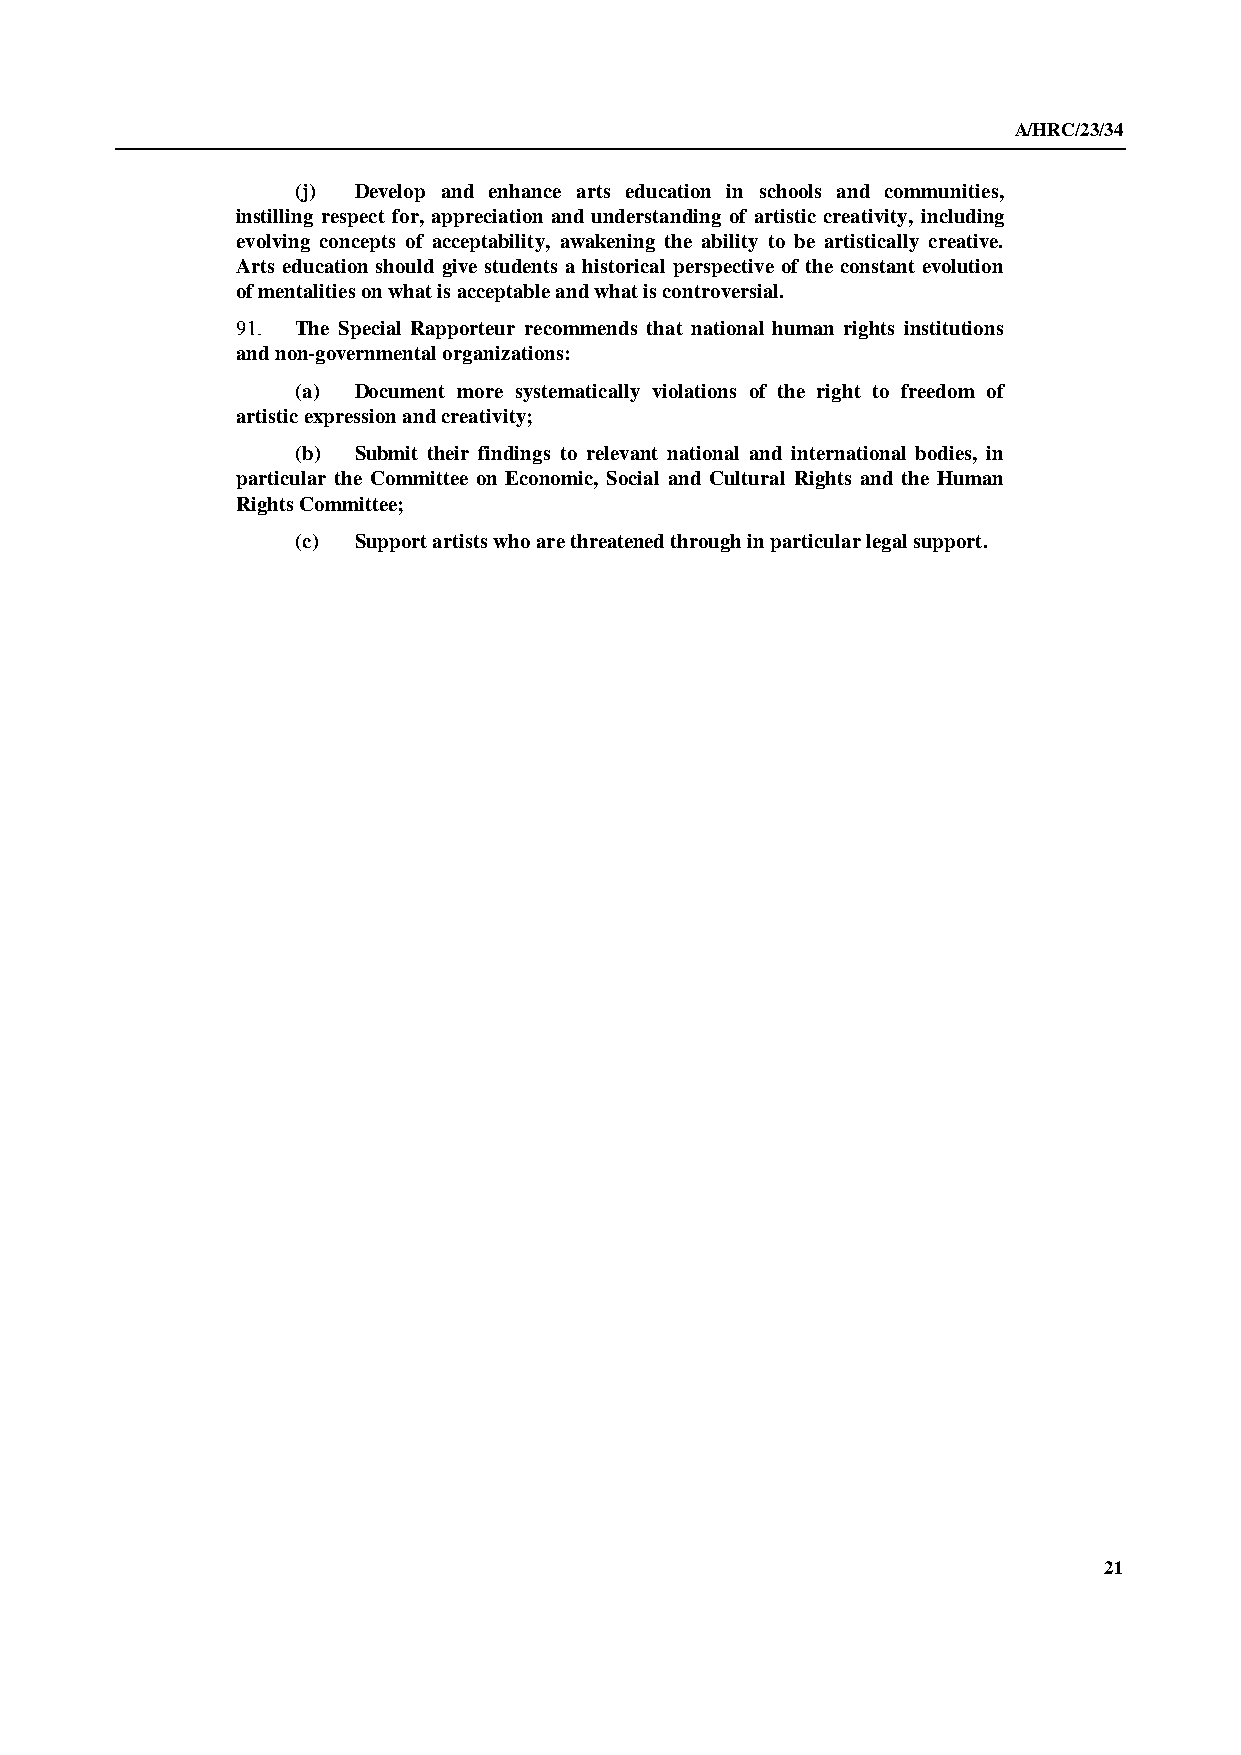
A/HRC/23/34
 (j) Develop and enhance arts education in schools and communities,
 instilling respect for, appreciation and understanding of artistic creativity, including
 evolving concepts of acceptability, awakening the ability to be artistically creative.
 Arts education should give students a historical perspective of the constant evolution
 of mentalities on what is acceptable and what is controversial.
 91. The Special Rapporteur recommends that national human rights institutions
 and non-governmental organizations:
 (a) Document more systematically violations of the right to freedom of
 artistic expression and creativity;
 (b) Submit their findings to relevant national and international bodies, in
 particular the Committee on Economic, Social and Cultural Rights and the Human
 Rights Committee;
 (c) Support artists who are threatened through in particular legal support.
 21